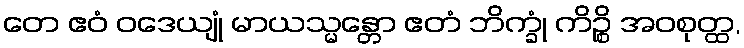
တေ ဧဝံ ဝဒေယျုံ မာယသ္မန္တော ဧတံ ဘိက္ခုံ ကိဉ္စိ အဝစုတ္ထ,